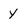
Character: y